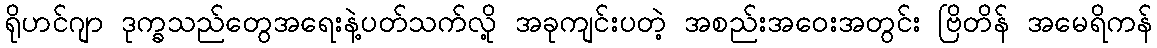
ရိုဟင်ဂျာ ဒုက္ခသည်တွေအရေးနဲ့ပတ်သက်လို့ အခုကျင်းပတဲ့ အစည်းအဝေးအတွင်း ဗြိတိန် အမေရိကန်